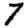
Digit: 7